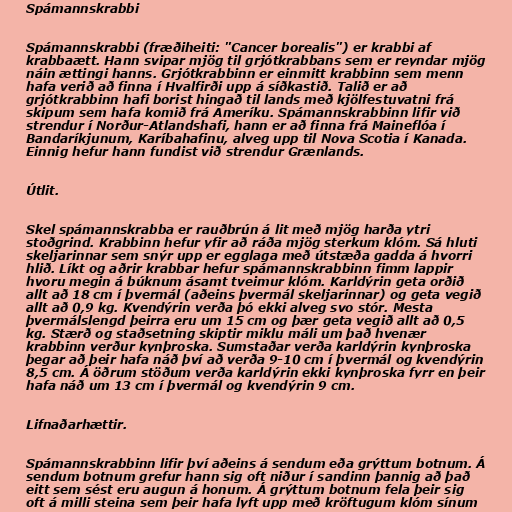
Spámannskrabbi

Spámannskrabbi (fræðiheiti: "Cancer borealis") er krabbi af
krabbaætt. Hann svipar mjög til grjótkrabbans sem er reyndar mjög
náin ættingi hanns. Grjótkrabbinn er einmitt krabbinn sem menn
hafa verið að finna í Hvalfirði upp á síðkastið. Talið er að
grjótkrabbinn hafi borist hingað til lands með kjölfestuvatni frá
skipum sem hafa komið frá Ameríku. Spámannskrabbinn lifir við
strendur í Norður-Atlandshafi, hann er að finna frá Maineflóa í
Bandaríkjunum, Karíbahafinu, alveg upp til Nova Scotia í Kanada.
Einnig hefur hann fundist við strendur Grænlands.

Útlit.

Skel spámannskrabba er rauðbrún á lit með mjög harða ytri
stoðgrind. Krabbinn hefur yfir að ráða mjög sterkum klóm. Sá hluti
skeljarinnar sem snýr upp er egglaga með útstæða gadda á hvorri
hlið. Líkt og aðrir krabbar hefur spámannskrabbinn fimm lappir
hvoru megin á búknum ásamt tveimur klóm. Karldýrin geta orðið
allt að 18 cm í þvermál (aðeins þvermál skeljarinnar) og geta vegið
allt að 0,9 kg. Kvendýrin verða þó ekki alveg svo stór. Mesta
þvermálslengd þeirra eru um 15 cm og þær geta vegið allt að 0,5
kg. Stærð og staðsetning skiptir miklu máli um það hvenær
krabbinn verður kynþroska. Sumstaðar verða karldýrin kynþroska
þegar að þeir hafa náð því að verða 9-10 cm í þvermál og kvendýrin
8,5 cm. Á öðrum stöðum verða karldýrin ekki kynþroska fyrr en þeir
hafa náð um 13 cm í þvermál og kvendýrin 9 cm.

Lifnaðarhættir.

Spámannskrabbinn lifir því aðeins á sendum eða grýttum botnum. Á
sendum botnum grefur hann sig oft niður í sandinn þannig að það
eitt sem sést eru augun á honum. Á grýttum botnum fela þeir sig
oft á milli steina sem þeir hafa lyft upp með kröftugum klóm sínum